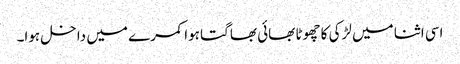
اسی اثنا میں لڑکی کا چھوٹا بھائی بھاگتا ہوا کمرے میں داخل ہوا۔